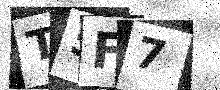
Text: T5F7